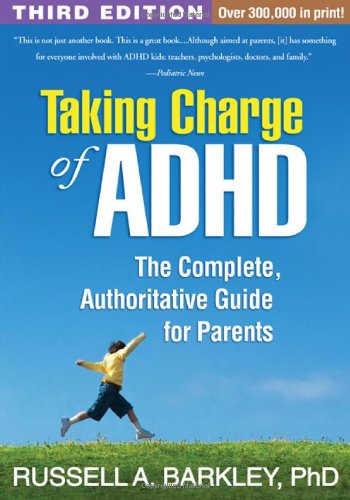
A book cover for Taking Charge of ADHD, Third Edition: The Complete, Authoritative Guide for Parents; Russell A. Barkley; Parenting & Relationships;